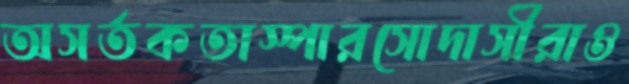
অসর্তকতাস্পারসোদাসীরাও